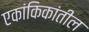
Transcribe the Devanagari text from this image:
एकांकिकांतील